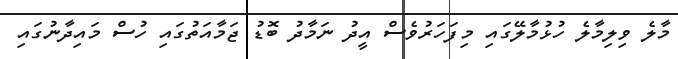
މާލެ ވިލިމާލެ ހުޅުމާލޭގައި މިފަހަރުވެސް އީދު ނަމާދު ބޮޑު ޖަމާއަތުގައި ހުސް މައިދާނުގައި